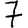
Digit: 7